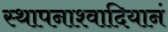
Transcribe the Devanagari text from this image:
स्थापनाश्वादियानं